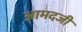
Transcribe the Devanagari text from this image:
आमदजी